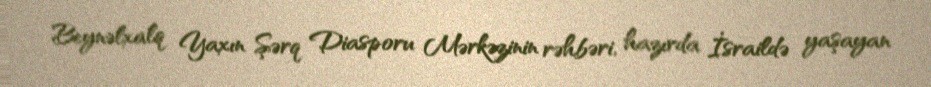
Beynəlxalq Yaxın Şərq Diasporu Mərkəzinin rəhbəri, hazırda İsraildə yaşayan